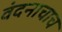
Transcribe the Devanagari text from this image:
वंदनाचाच